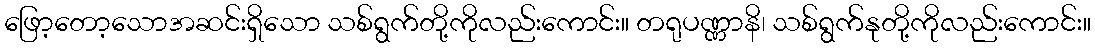
ဖြော့တော့သောအဆင်းရှိသော သစ်ရွက်တို့ကိုလည်းကောင်း။ တရုပဏ္ဏာနိ၊ သစ်ရွက်နုတို့ကိုလည်းကောင်း။